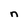
Character: n